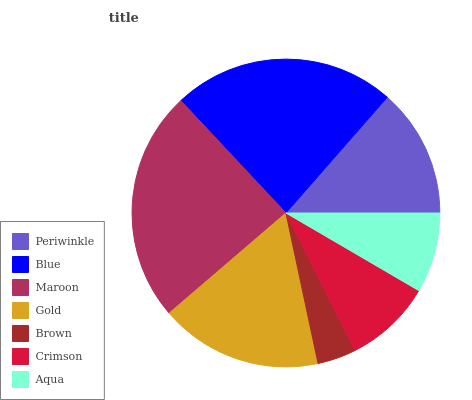
| Periwinkle | Blue | Maroon | Gold | Brown | Crimson | Aqua |
 | --- | --- | --- | --- | --- | --- | --- |
 | 13.6% | 23.4% | 24.4% | 17% | 4.08% | 9.17% | 8.4% |